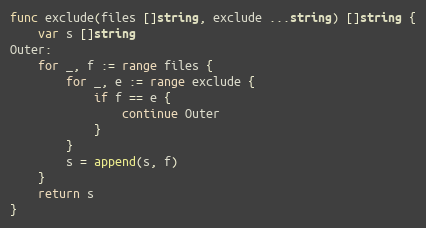
Language: Go
func exclude(files []string, exclude ...string) []string {
	var s []string
Outer:
	for _, f := range files {
		for _, e := range exclude {
			if f == e {
				continue Outer
			}
		}
		s = append(s, f)
	}
	return s
}